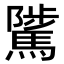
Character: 騭